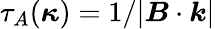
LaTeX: \tau_{A}(\boldsymbol{\kappa})=1/|\boldsymbol{B}\cdot\boldsymbol{k}|